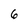
Character: 6